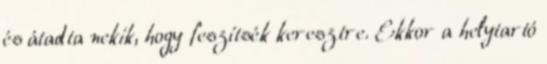
és átadta nekik, hogy feszítsék keresztre. Ekkor a helytartó